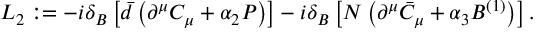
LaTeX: { \cal L } _ { 2 } : = - i \delta _ { B } \left[ \bar { d } \left( \partial ^ { \mu } C _ { \mu } + \alpha _ { 2 } P \right) \right] - i \delta _ { B } \left[ N \left( \partial ^ { \mu } \bar { C } _ { \mu } + \alpha _ { 3 } B ^ { ( 1 ) } \right) \right] .